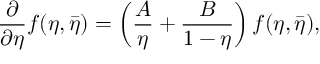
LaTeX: \frac { \partial } { \partial \eta } f ( \eta , \bar { \eta } ) = \left( \frac { A } { \eta } + \frac { B } { 1 - \eta } \right) f ( \eta , \bar { \eta } ) ,